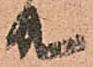
共